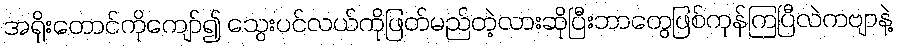
အရိုးတောင်ကိုကျော်၍ သွေးပင်လယ်ကိုဖြတ်မည်တဲ့လားဆိုပြီးဘာတွေဖြစ်ကုန်ကြပြီလဲကဗျာနဲ့